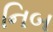
નિબ